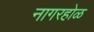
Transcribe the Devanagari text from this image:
नागरहोळ